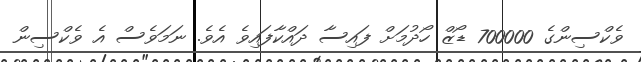
ވެކްސިންގެ 700000 ޑޯޒް ހޯދުމަށް ފައިސާ ދައްކާފައިވެ އެވެ. ނަމަވެސް އެ ވެކްސިން